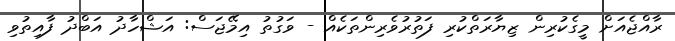
ރާއްޖެއަށް މީގެކުރިން ޒިޔާރަތްކުރި ފަތުރުވެރިންތަކެއް - ވަގުތު އިމޭޖަސް: އަޝްހާދު އަބްދު ފާއިތުވި